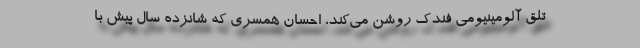
تلق آلومینیومی فندک روشن می‌کند، احسان همسری که شانزده سال پیش با